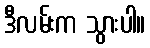
ဒီလမ်းက သွားပါ။